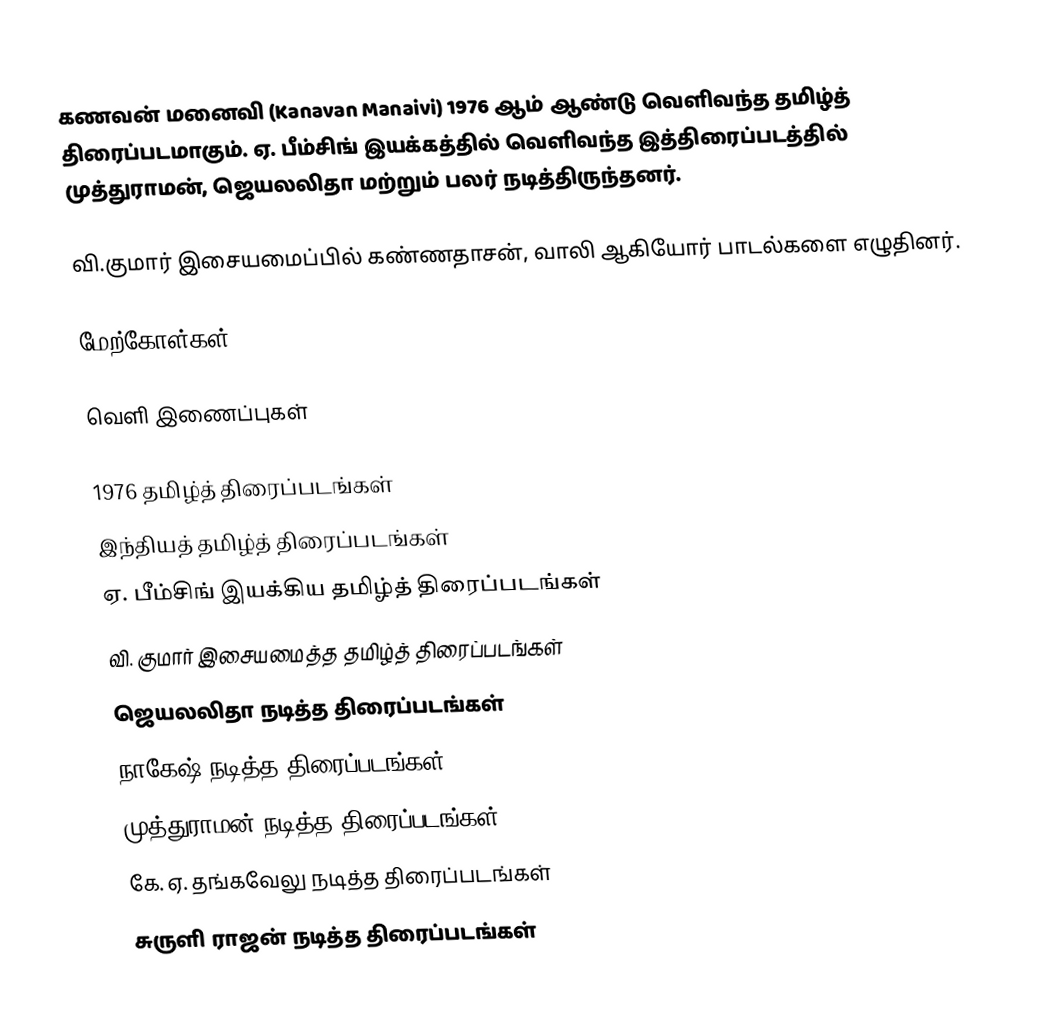
கணவன் மனைவி (Kanavan Manaivi) 1976 ஆம் ஆண்டு வெளிவந்த தமிழ்த் திரைப்படமாகும். ஏ. பீம்சிங் இயக்கத்தில் வெளிவந்த இத்திரைப்படத்தில் முத்துராமன், ஜெயலலிதா மற்றும் பலர் நடித்திருந்தனர்.

வி.குமார் இசையமைப்பில் கண்ணதாசன், வாலி ஆகியோர் பாடல்களை எழுதினர்.

மேற்கோள்கள்

வெளி இணைப்புகள்

1976 தமிழ்த் திரைப்படங்கள்
இந்தியத் தமிழ்த் திரைப்படங்கள்
ஏ. பீம்சிங் இயக்கிய தமிழ்த் திரைப்படங்கள்
வி. குமார் இசையமைத்த தமிழ்த் திரைப்படங்கள்
ஜெயலலிதா நடித்த திரைப்படங்கள்
நாகேஷ் நடித்த திரைப்படங்கள்
முத்துராமன் நடித்த திரைப்படங்கள்
கே. ஏ. தங்கவேலு நடித்த திரைப்படங்கள்
சுருளி ராஜன் நடித்த திரைப்படங்கள்